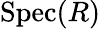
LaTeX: {\mathrm{Spec}}(R)